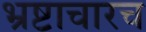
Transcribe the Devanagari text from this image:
भ्रष्टाचारच